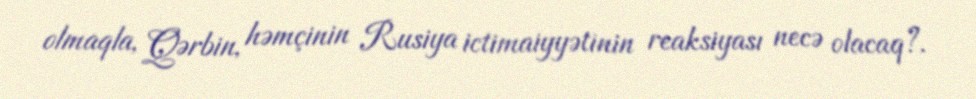
olmaqla, Qərbin, həmçinin Rusiya ictimaiyyətinin reaksiyası necə olacaq?.